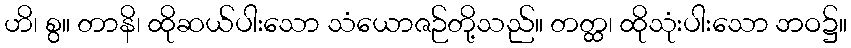
ဟိ၊ စွ။ တာနိ၊ ထိုဆယ်ပါးသော သံယောဇဉ်တို့သည်။ တတ္ထ၊ ထိုသုံးပါးသော ဘဝ၌။